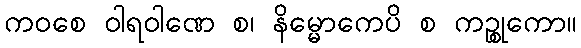
ကဝစေ ဝါရဝါဏေ စ၊ နိမ္မောကေပိ စ ကဉ္စုကော။